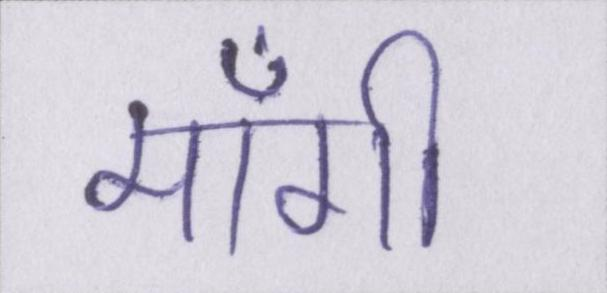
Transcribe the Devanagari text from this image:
माँगी